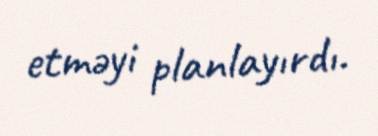
etməyi planlayırdı.